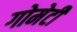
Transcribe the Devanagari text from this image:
गोमेटी